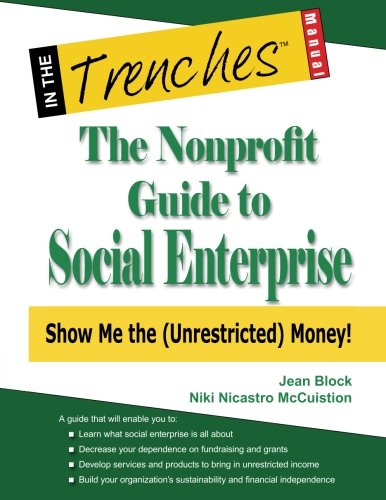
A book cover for The Nonprofit Guide to Social Enterprise: Show Me The (Unrestricted) Money!; Jean Block; Politics & Social Sciences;